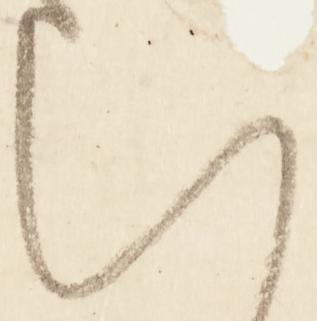
い